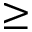
\geq